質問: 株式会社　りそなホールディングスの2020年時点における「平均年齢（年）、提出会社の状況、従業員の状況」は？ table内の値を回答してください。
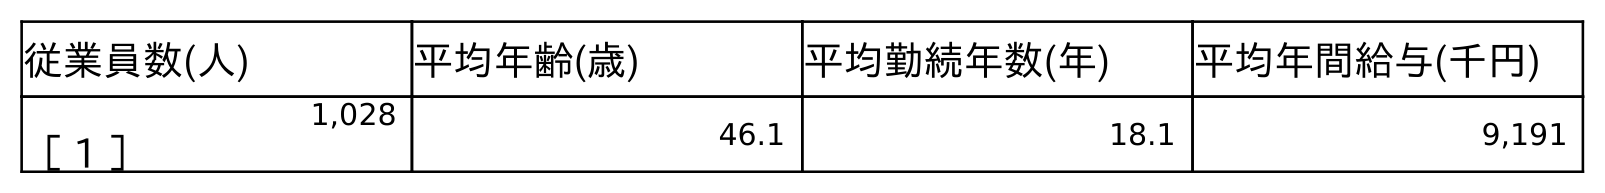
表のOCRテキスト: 従業員数(人) 平均年齢(歳) 平均勤続年数(年) 平均年間給与(千円) 1,028 46.1 18.1 9,191 ［ 1 ］
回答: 46.1